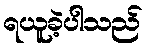
ရယူခဲ့ပါသည်